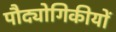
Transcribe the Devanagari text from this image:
पौद्योगिकीयों